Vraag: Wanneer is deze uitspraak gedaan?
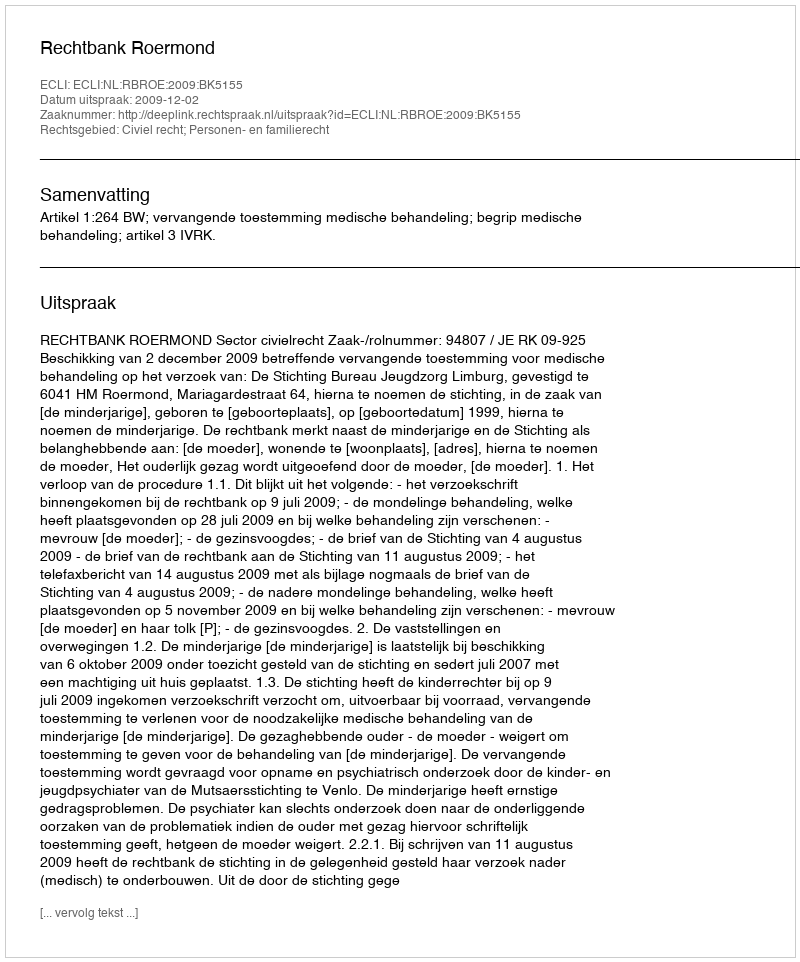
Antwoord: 2009-12-02